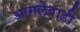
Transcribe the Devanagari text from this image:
आमलेवाडी